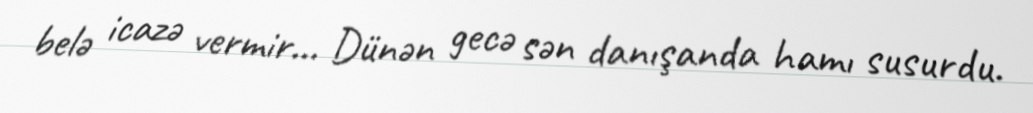
belə icazə vermir… Dünən gecə sən danışanda hamı susurdu.